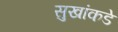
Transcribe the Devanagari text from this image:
सुखांकडे